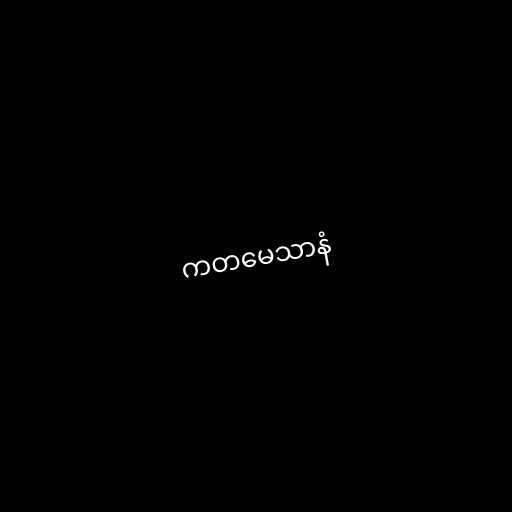
ကတမေသာနံ